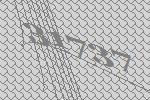
31737